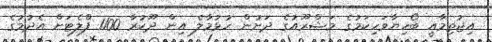
އިޖުތިމާއީ ބޯހިޔާވަހިކަމުގެ މަޝްރޫއުގެ ދަށުން ހުޅުމާލެ އިން ދޫކުރާ 1100 ފްލެޓަށް އެދުމުގެ